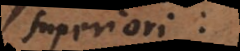
superiori